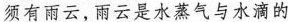
须有雨云，雨云是水蒸气与水滴的